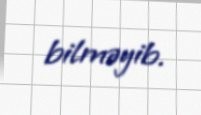
bilməyib.